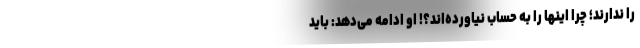
را ندارند؛ چرا اینها را به حساب نیاورده‌اند؟! او ادامه می‌دهد: باید